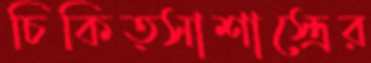
চিকিত্সাশাস্ত্রের